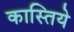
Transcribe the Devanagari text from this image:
कास्तिये